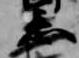
忌